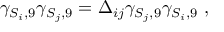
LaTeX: \gamma _ { S _ { i } , 9 } \gamma _ { S _ { j } , 9 } = \Delta _ { i j } \gamma _ { S _ { j } , 9 } \gamma _ { S _ { i } , 9 } ~ ,